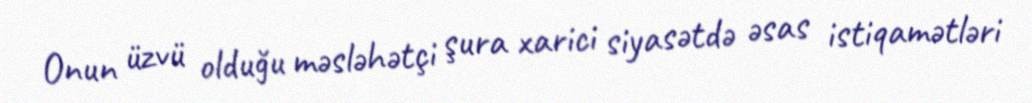
Onun üzvü olduğu məsləhətçi şura xarici siyasətdə əsas istiqamətləri